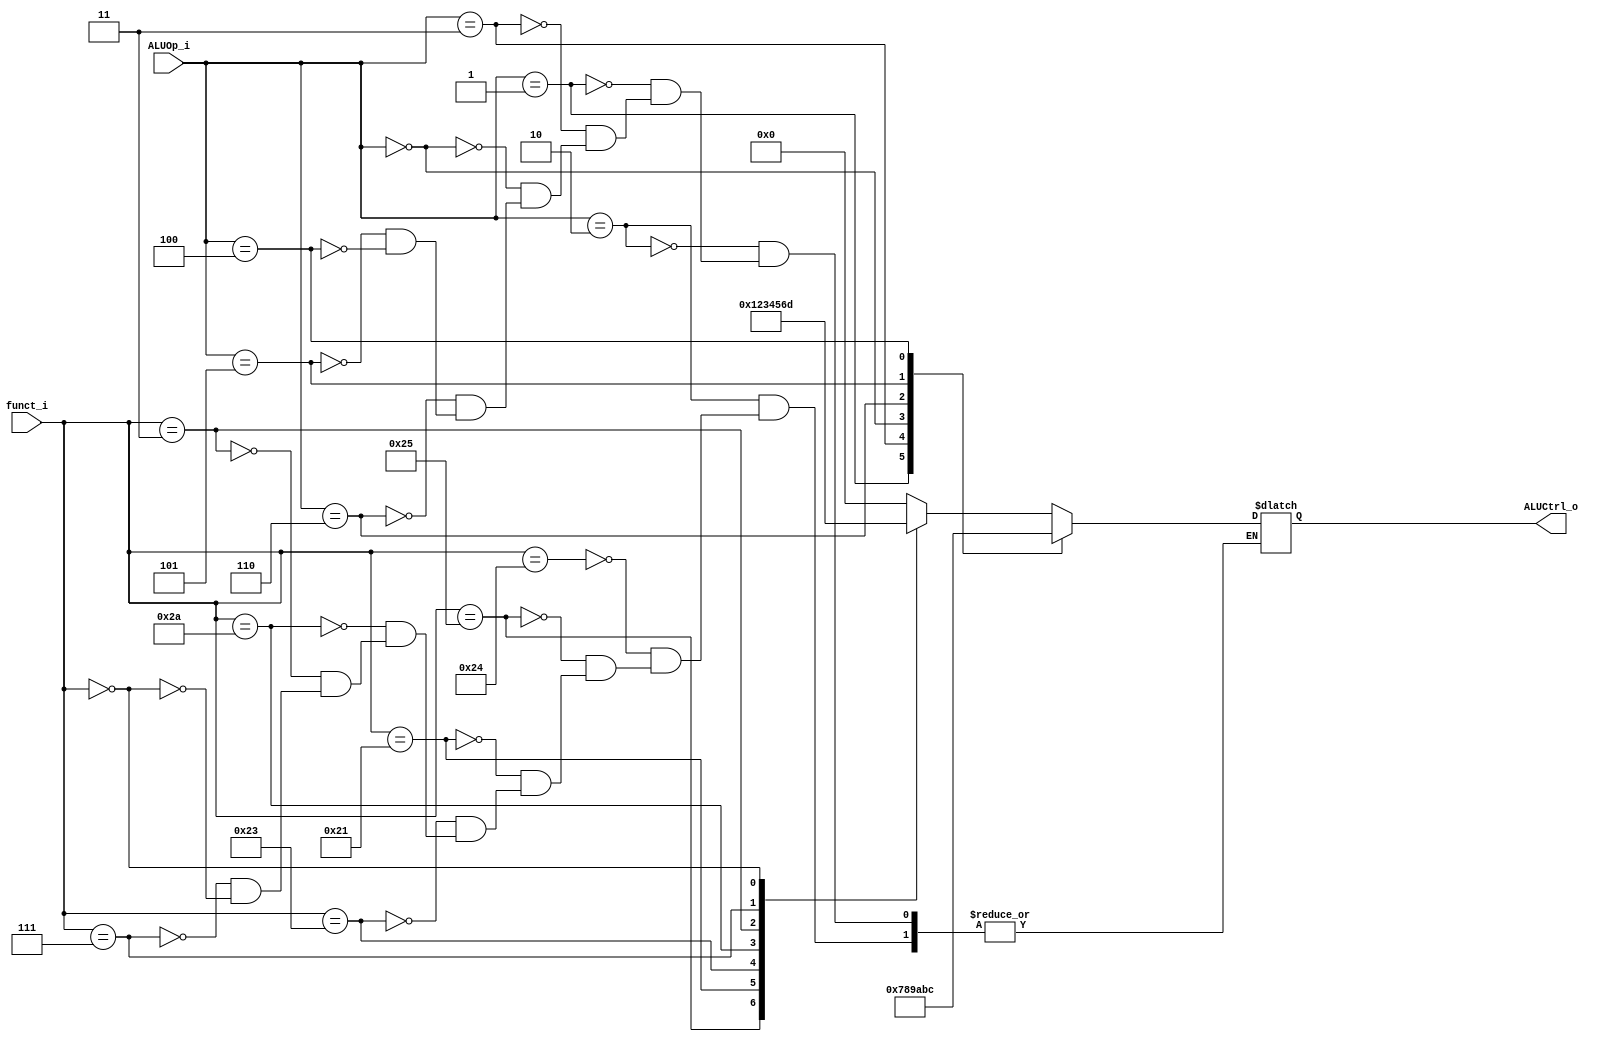
//Subject:     CO project 2 - ALU Controller
//--------------------------------------------------------------------------------
//Version:     1
//--------------------------------------------------------------------------------
//Writer:      0616077 0616091
//----------------------------------------------
//----------------------------------------------
//Description: ALU_controller
//--------------------------------------------------------------------------------

module ALU_Ctrl(
          funct_i,
          ALUOp_i,
          ALUCtrl_o
          );
          
//I/O ports 
input      [6-1:0] funct_i;
input      [3-1:0] ALUOp_i;

output     [4-1:0] ALUCtrl_o;    
     
//Internal Signals
reg        [4-1:0] ALUCtrl_o;

//Parameter
//R-type
parameter alu_and   = 4'b0000;
parameter alu_or    = 4'b0001;
parameter alu_addu  = 4'b0010;
parameter alu_subu  = 4'b0011;
parameter alu_slt   = 4'b0100;
parameter alu_sra   = 4'b0101;
parameter alu_srav  = 4'b0110;

//I-type
parameter alu_beq   = 4'b0111;
parameter alu_bne   = 4'b1000;
parameter alu_addi  = 4'b1001;
parameter alu_sltiu = 4'b1010;
parameter alu_lui   = 4'b1011;
parameter alu_ori   = 4'b1100;

parameter alu_sll   = 4'b1101; //13
       
//Select exact operation
always @ (*)
begin
    case (ALUOp_i)
        //R-type
        //add, sub, and, or, slt, sra, srav
        3'b010:
        begin
            case (funct_i)
                6'b100100: //and
                begin
                    ALUCtrl_o <= alu_and;
                end
                6'b100101: //or
                begin
                    ALUCtrl_o <= alu_or;
                end
                6'b100001: //addu
                begin
                    ALUCtrl_o <= alu_addu;
                end
                6'b100011: //subu
                begin
                    ALUCtrl_o <= alu_subu;
                end
                6'b101010: //slt
                begin
                    ALUCtrl_o <= alu_slt;
                end
                6'b000011: //sra
                begin
                    ALUCtrl_o <= alu_sra;
                end
                6'b000111: //srav
                begin
                    ALUCtrl_o <= alu_srav;
                end
                6'b000000: //sll
                begin
                    ALUCtrl_o <= alu_sll;
                end
            endcase
        end
        //I-type
        //beq
        3'b001:
        begin
            ALUCtrl_o <= alu_beq;
        end
        //bne
        3'b011:
        begin
            ALUCtrl_o <= alu_bne;
        end
        //addi
        3'b000:
        begin
            ALUCtrl_o <= alu_addi;
        end
        //sltiu
        3'b110:
        begin
            ALUCtrl_o <= alu_sltiu;
        end
        //lui
        3'b101:
        begin
            ALUCtrl_o <= alu_lui;
        end
        //ori
        3'b100:
        begin
            ALUCtrl_o <= alu_ori;
        end
    endcase
end
endmodule